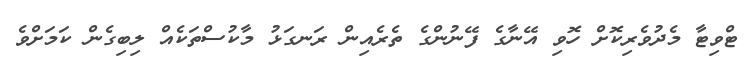
ޓްވިޓާ މެދުވެރިކޮށް ހޮވި އޭނާގެ ފޭނުންގެ ތެރެއިން ރަނގަޅު މާކުސްތަކެއް ލިބިގެން ކަމަށްވެ